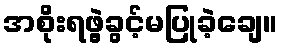
အစိုးရဖွဲ့ခွင့်မပြုခဲ့ချေ။